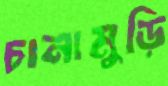
চানামুড়ি